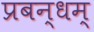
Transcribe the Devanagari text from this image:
प्रबन्धम्